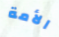
الأمة